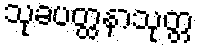
သုခပတ္ထနာသုတ္တ